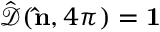
\hat { \mathcal { D } } ( { \bf \hat { n } } , 4 \pi ) = { \bf 1 }